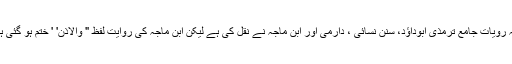
" یہ رویات جامع ترمذی ابوداؤد، سنن نسائی ، دارمی اور ابن ماجہ نے نقل کی ہے لیکن ابن ماجہ کی روایت لفظ " والاذن' ' ختم ہو گئی ہے۔